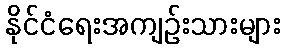
နိုင်ငံရေးအကျဉ်းသားများ